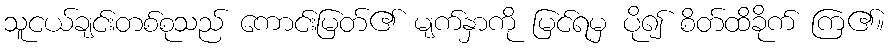
သူငယ်ချင်းတစ်စုသည် ကောင်းမြတ်၏ မျက်နှာကို မြင်ရမှ ပို၍ စိတ်ထိခိုက် ကြ၏။